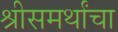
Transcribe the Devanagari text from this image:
श्रीसमर्थांचा